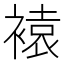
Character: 褤